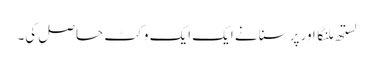
لستھ ملنگا اور پرسنا نے ایک ایک وکٹ حاصل کی۔